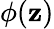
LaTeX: \phi(\mathbf{z})